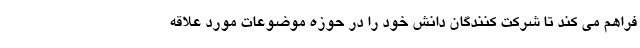
فراهم می کند تا شرکت کنندگان دانش خود را در حوزه موضوعات مورد علاقه